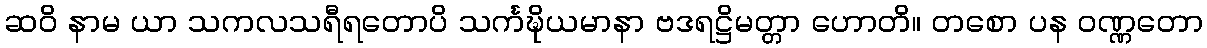
ဆဝိ နာမ ယာ သကလသရီရတောပိ သင်္ကဍ္ဎိယမာနာ ဗဒရဋ္ဌိမတ္တာ ဟောတိ။ တစော ပန ဝဏ္ဏတော